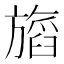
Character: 𬀖